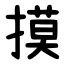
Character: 摸